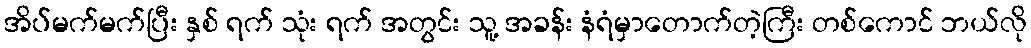
အိပ်မက်မက်ပြီး နှစ် ရက် သုံး ရက် အတွင်း သူ့ အခန်း နံရံမှာတောက်တဲ့ကြီး တစ်ကောင် ဘယ်လို